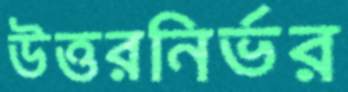
উত্তরনির্ভর